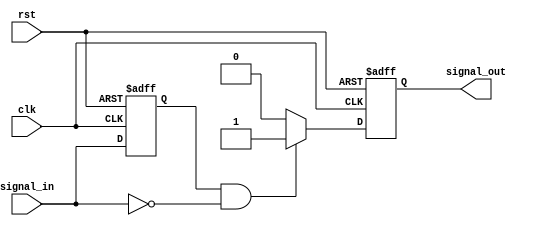
module negative_edge_detector (
    input wire clk,            // Clock signal
    input wire signal_in,      // Input signal to detect negative edge
    input wire rst,            // Asynchronous reset
    output reg signal_out      // Output signal indicating negative edge
);

    reg previous_state;        // Register to hold the previous state of signal_in

    always @(posedge clk or posedge rst) begin
        if (rst) begin
            previous_state <= 1'b0; // Reset previous state to 0
            signal_out <= 1'b0;      // Reset output to 0
        end else begin
            // Detect negative edge
            if (previous_state == 1'b1 && signal_in == 1'b0) begin
                signal_out <= 1'b1;   // Set output high for one clock cycle
            end else begin
                signal_out <= 1'b0;   // Reset output to low
            end
            
            // Update previous state
            previous_state <= signal_in; // Store current state for next cycle
        end
    end

endmodule